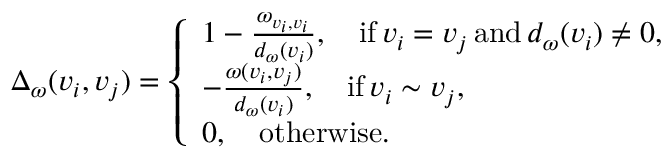
\Delta _ { \omega } ( v _ { i } , v _ { j } ) = \left\{ \begin{array} { l l } { 1 - \frac { \omega _ { v _ { i } , v _ { i } } } { d _ { \omega } ( v _ { i } ) } , \quad \mathrm { i f } \, v _ { i } = v _ { j } \, \mathrm { a n d } \, d _ { \omega } ( v _ { i } ) \neq 0 , } \\ { - \frac { \omega ( v _ { i } , v _ { j } ) } { d _ { \omega } ( v _ { i } ) } , \quad \mathrm { i f } \, v _ { i } \sim v _ { j } , } \\ { 0 , \quad \mathrm { o t h e r w i s e } . } \end{array} \right.